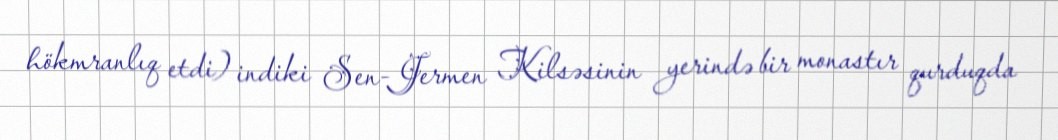
hökmranlıq etdi) indiki Sen-Jermen Kilsəsinin yerində bir monastır qurduqda